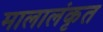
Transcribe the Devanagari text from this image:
मालालंकृत